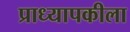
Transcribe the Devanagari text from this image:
प्राध्यापकीला